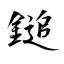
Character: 鎚